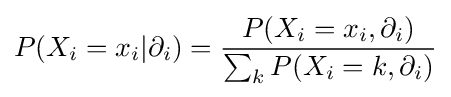
P(X_{i}=x_{i}|\partial _{i})={\frac {P(X_{i}=x_{i},\partial _{i})}{\sum _{k}P(X_{i}=k,\partial _{i})}}